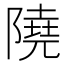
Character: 隢